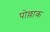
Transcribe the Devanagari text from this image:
पोल्लाक